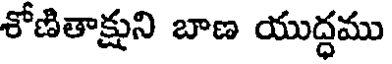
శోణితాక్షుని బాణ యుద్ధము